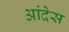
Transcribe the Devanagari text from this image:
आंदेस